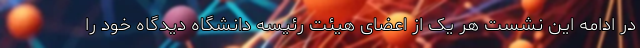
در ادامه این نشست هر یک از اعضای هیئت رئیسه دانشگاه دیدگاه خود را